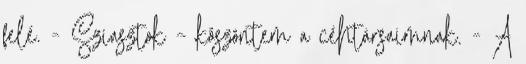
felé. - Sziasztok – köszöntem a céhtársaimnak. - A